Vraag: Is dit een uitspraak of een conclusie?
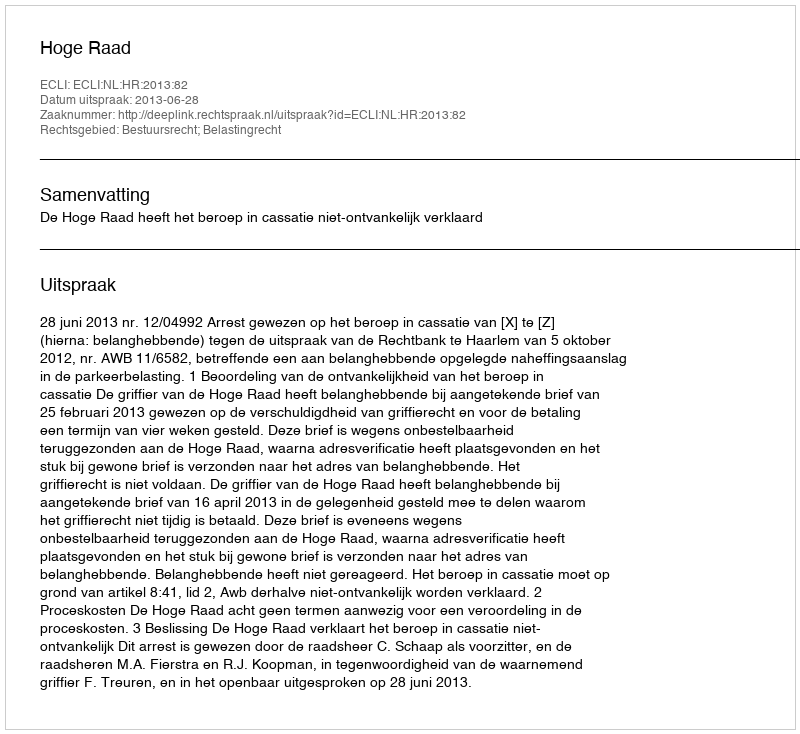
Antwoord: Uitspraak